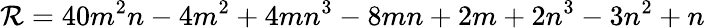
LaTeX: \mathcal{R}=40m^{2}n-4m^{2}+4mn^{3}-8mn+2m+2n^{3}-3n^{2}+n